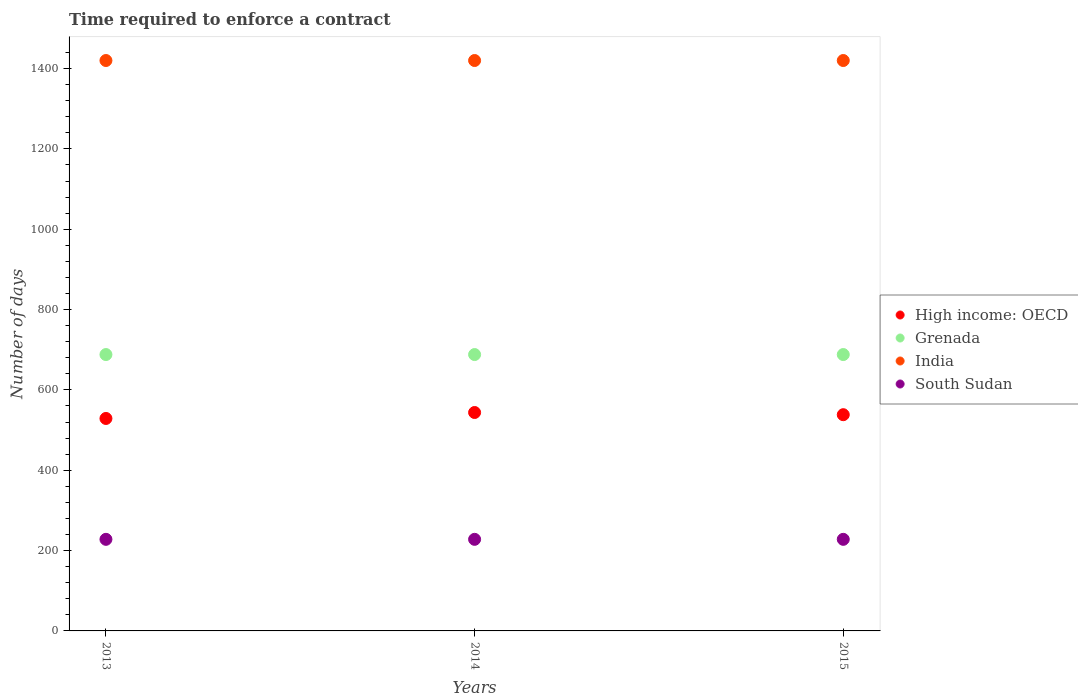
| Years | High income: OECD | Grenada | India | South Sudan |
 | --- | --- | --- | --- | --- |
 | 2013 | 529 | 688 | 1.42e+03 | 228 |
 | 2014 | 544 | 688 | 1.42e+03 | 228 |
 | 2015 | 538 | 688 | 1.42e+03 | 228 |